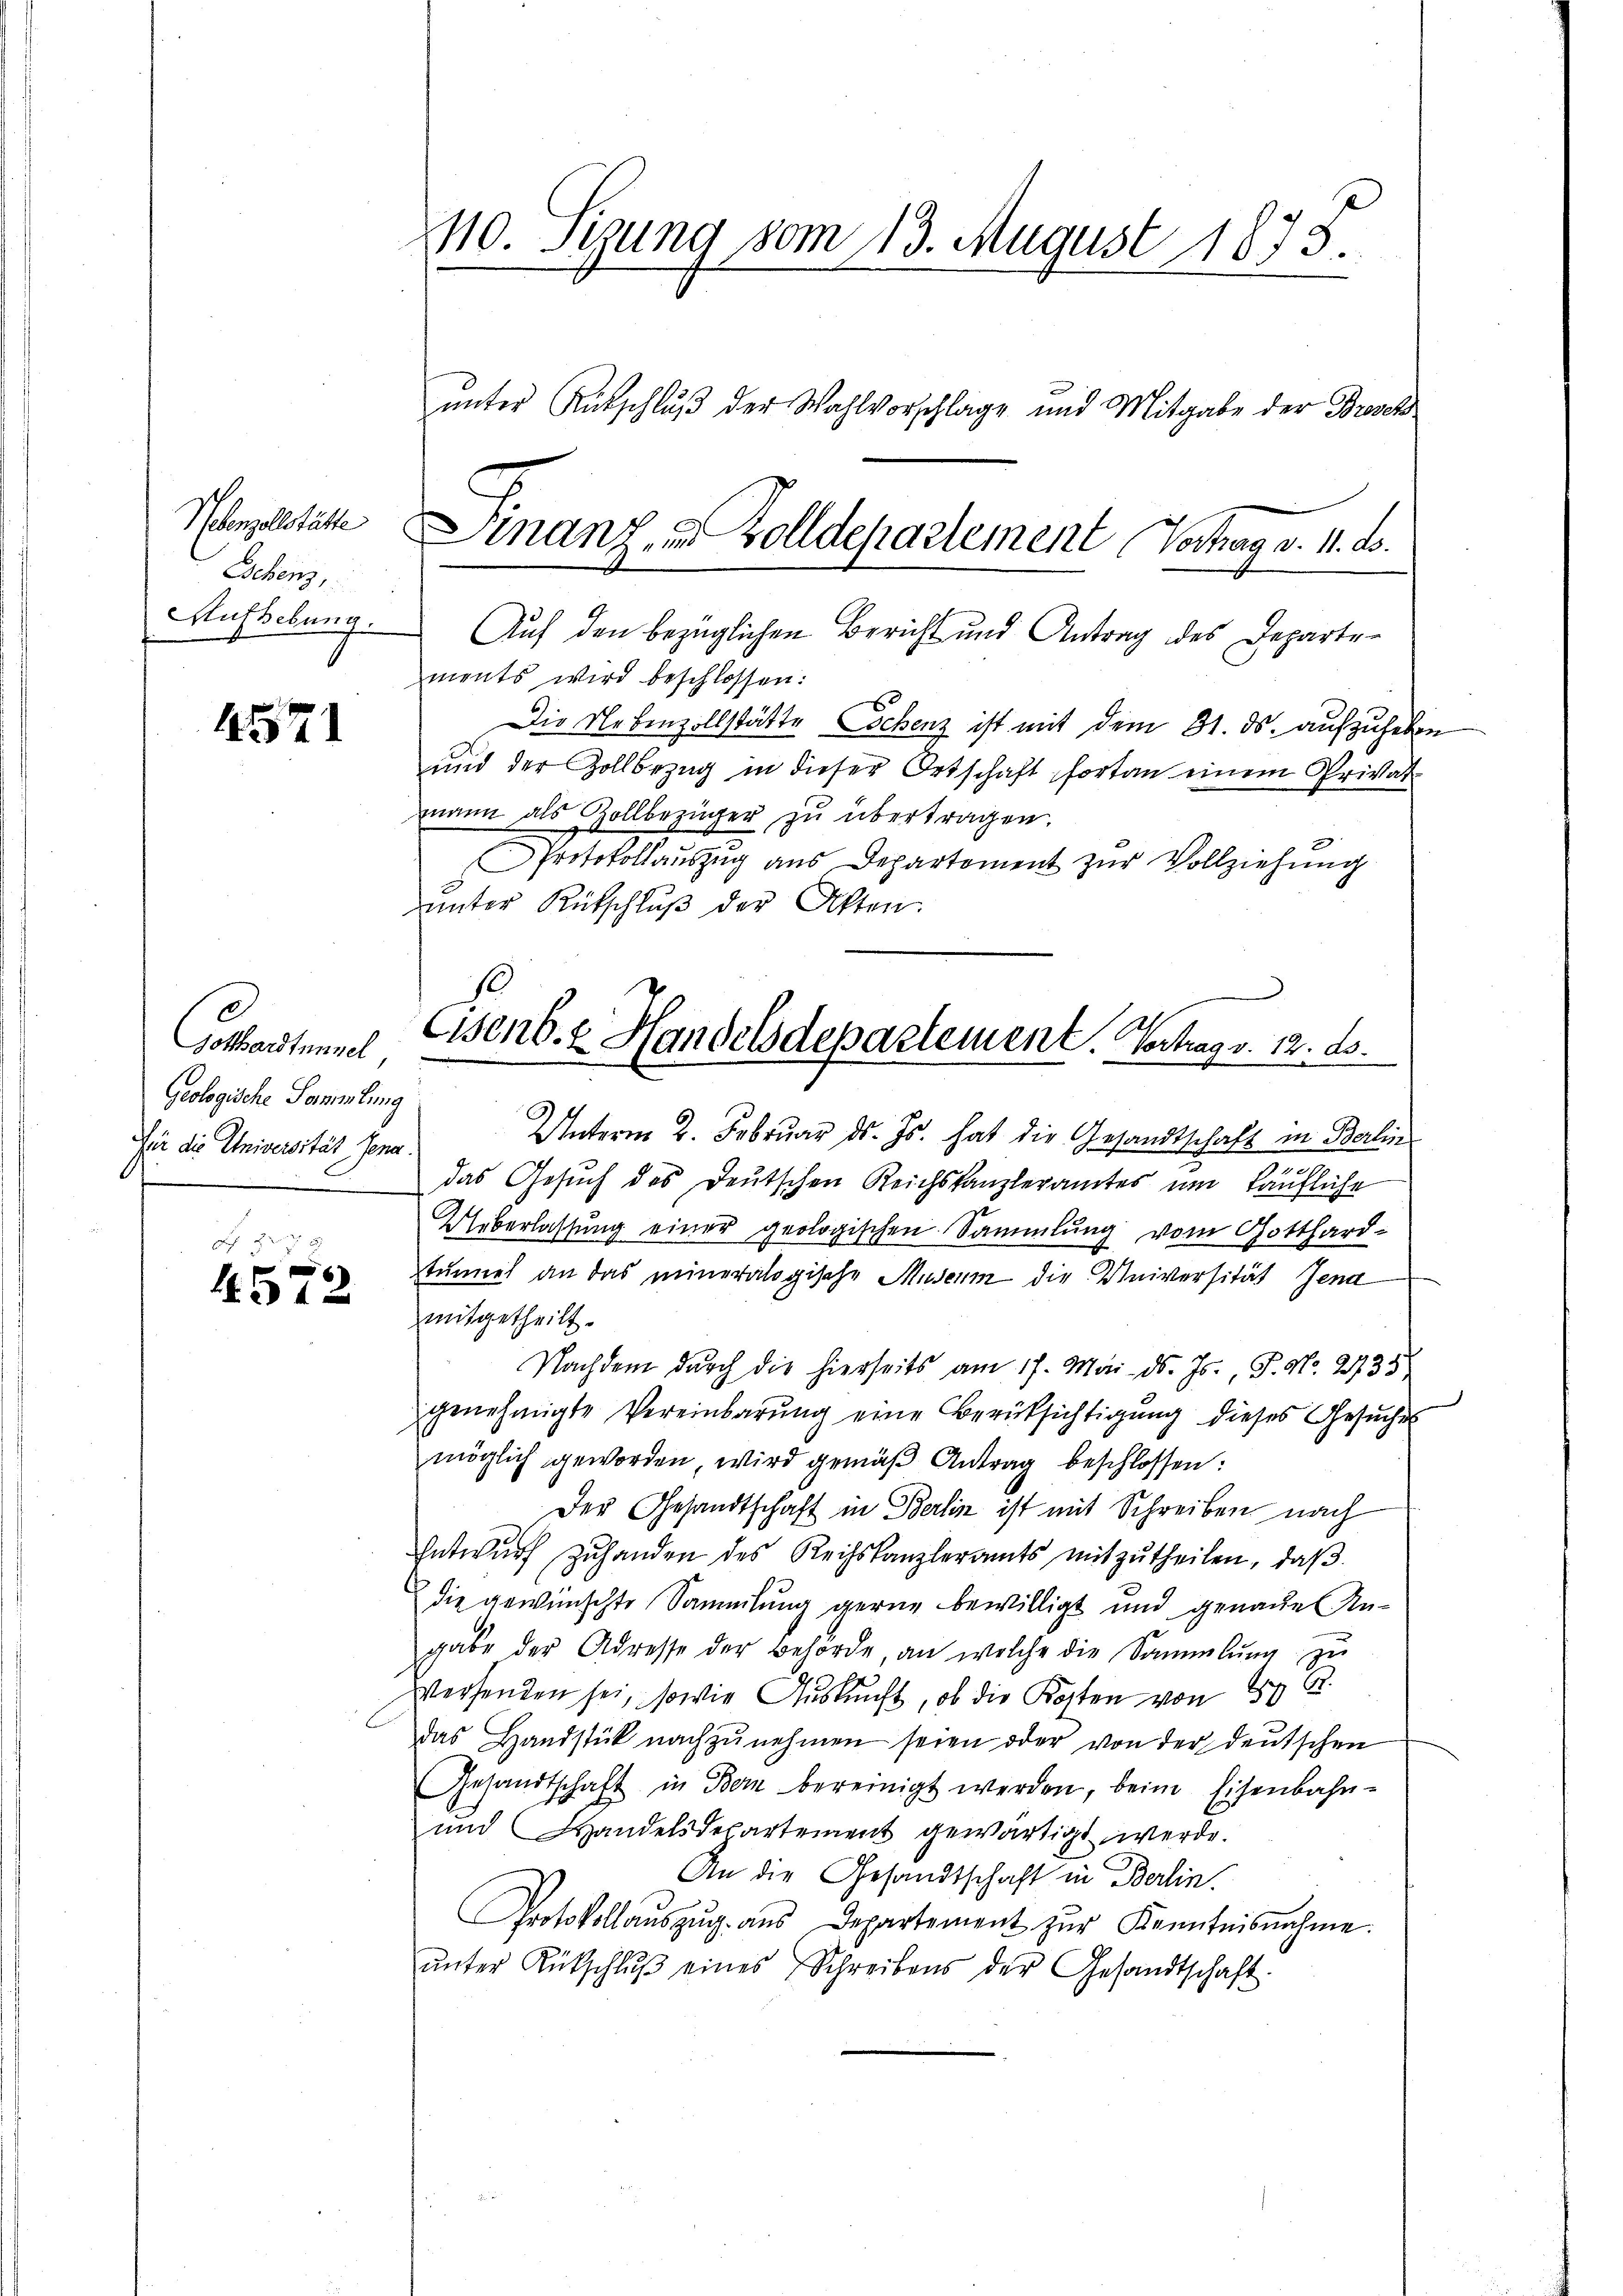
Nebenzollstätte
Eschens,
Aufhebung.

571

Gothaustummel
Geologische Sammlung
Für die Universität Gena

f 24 x

110. Sizung vom 13. August 1878.
ŭnter Rückschlŭβ der Wahlvorschlage und Mitgabe der Brosch

Finanz- u. Zolldepartement Vertrag v. 11. ds.

Auf den bezüglichen Bericht und Antrag des Departements wird beschlossen:
Die Nebenzollstätte Lochenz ist mit dem 31. ds. aufzuheben
und der Zollbezug in dieser Ortschaft fortan einem Privat-
mann als Kollbezüger zu übertragen.
Protokollaŭszŭg aŭs Departement zŭr Vollziehŭng
unter Rütschluß der Akten.

.
Eisenb. & Handelsdepartement. Vortrag v. 12. ds.

Unterm 2. Februar d. Js. hat die Gesandtschaft in Berlin
.
das Gesuch des Deutschen Reichskanzleramtes um käufliche
Ueberlassung einer geologischen Sammlung vom Gotthard-
tunnel an das mineralogische Museum die Universität Jena
mitgetheilt.
Nachdem durch die hierseits am 17. Mai d. Js., P. Nr. 235
genehmigte Vereinbarung eine Berüksichtigung dieses Gesuche
möglich geworden, wird gemäß Antrag beschlossen:
Der Gesandtschaft in Berlin ist mit Schreiben nach
Entwŭrf zŭhanden des Reichskanzleramts mitzŭtheilen, daβ
die gewünschte Sammlung gerne bewilligt und genaue Angabe der Adresse der Behörde, an welche die Sammlung zu
Verhanden sei, sowie Aŭskŭnft, ob die Kosten von 50 R
das Handstück nachzŭnehmen seien oder von der deutschen
Gesandtschaft in Bern bereinigt werden, beim Eisenbahn¬
und Handelsdepartement gewärtigt werde.
An die Gesandtschaft in Berlin.
Protokollaŭszŭg aŭs Departement zŭr Kenntnisnahme.
ŭnter Rückschlŭβ eines Schreibens der Gesandtschaft.